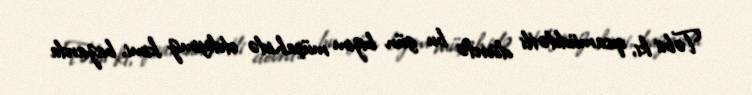
Təbii ki, qısamüddətli dövrdə bu gün bizim müşahidə etdiyimiz kimi, bazarda